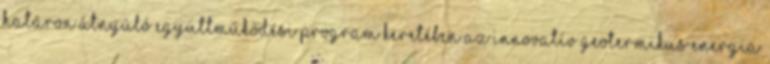
Határon Átnyúló Együttműködési Program keretében az Innovatív Geotermikus Energia